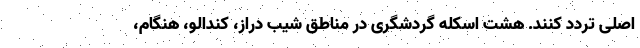
اصلی تردد کنند. هشت اسکله گردشگری در مناطق شیب دراز، کندالو، هنگام،